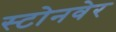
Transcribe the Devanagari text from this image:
स्टोनवेर